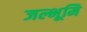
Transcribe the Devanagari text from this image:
जल्भूमि